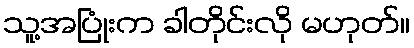
သူ့အပြုံးက ခါတိုင်းလို မဟုတ်။